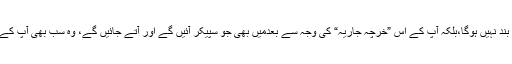
آپ کے جانے سے وطن عزیز پر یہ خرچہ، جو آپ نے ڈالا ہے، بند نہیں ہوگا،بلکہ آپ کے اس ”خرچہ جاریہ“ کی وجہ سے بعدمیں بھی جو سپیکر آئیں گے اور آتے جائیں گے، وہ سب بھی آپ کے اس بل کی وجہ سے تاحیات وطن عزیز پر بوجھ بنے رہیں گے ۔